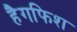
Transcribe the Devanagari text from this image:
हैगफिश